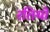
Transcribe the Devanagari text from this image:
रतियो